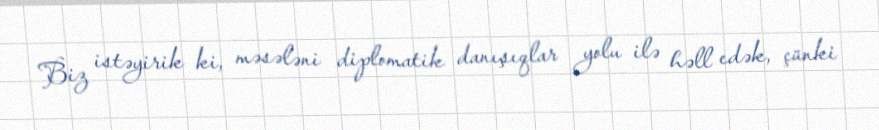
Biz istəyirik ki, məsələni diplomatik danışıqlar yolu ilə həll edək, çünki